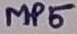
Text: MP5